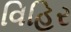
વિહિર